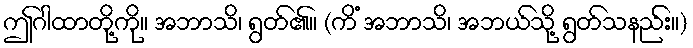
ဤဂါထာတို့ကို။ အဘာသိ၊ ရွတ်၏။ (ကိံ အဘာသိ၊ အဘယ်သို့ ရွတ်သနည်း။)